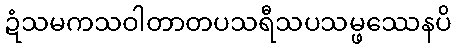
ဍံသမကသဝါတာတပသရီသပသမ္ဖဿေနပိ